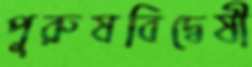
পুরুষবিদ্বেষী